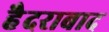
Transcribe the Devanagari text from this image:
हैैदराबाद